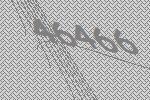
46466